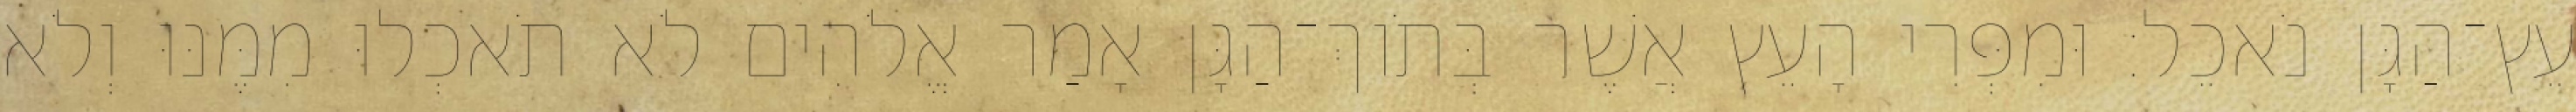
עֵץ־הַגָּן נֹאכֵל׃ וּמִפְּרִי הָעֵץ אֲשֶׁר בְּתֹוךְ־הַגָּן אָמַר אֱלֹהִים לֹא תֹאכְלוּ מִמֶּנּוּ וְלֹא